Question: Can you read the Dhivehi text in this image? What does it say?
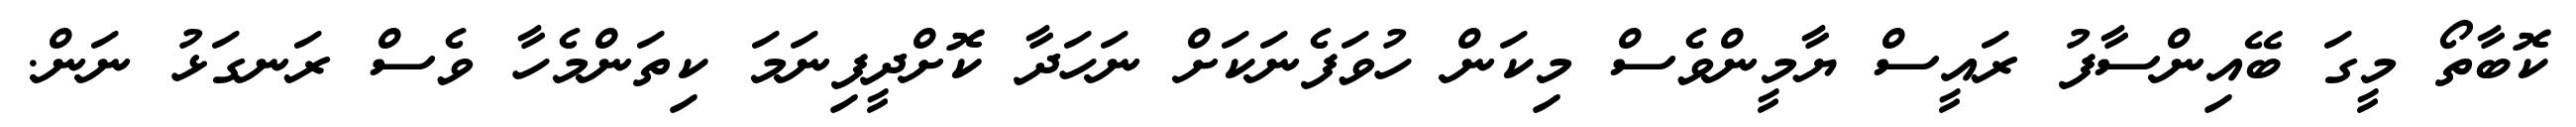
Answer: ކޮބާތޯ މީގަ ބޭއިންސާފު ރައީސް ޔާމީންވެސް މިކަން ހުވަފެނަކަށް ނަހަދާ ކޮށްދީފިނަމަ ކިތަންމެހާ ވެސް ރަނގަޅު ނަން.